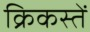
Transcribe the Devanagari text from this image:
क्रिकस्तें